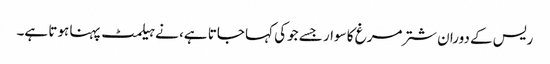
ریس کے دوران شترمرغ کا سوار جسے جوکی کہا جاتا ہے، نے ہیلمٹ پہنا ہوتا ہے۔